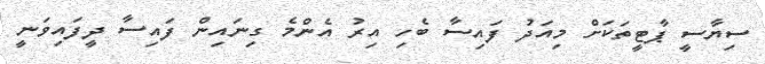
ސިޔާސީ ޕާޓީތަކަށް މިއަދު ފައިސާ ބެހި އިރު އެންމެ ގިނައިން ފައިސާ ދީފައިވަނީ